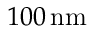
1 0 0 \, \mathrm { n m }